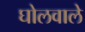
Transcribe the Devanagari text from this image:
घोलवाले